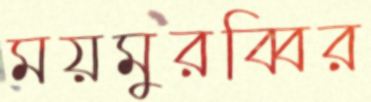
ময়মুরব্বির